Indian journal of veterinary science and animal husbandry - Volume 4,
Year: 1934
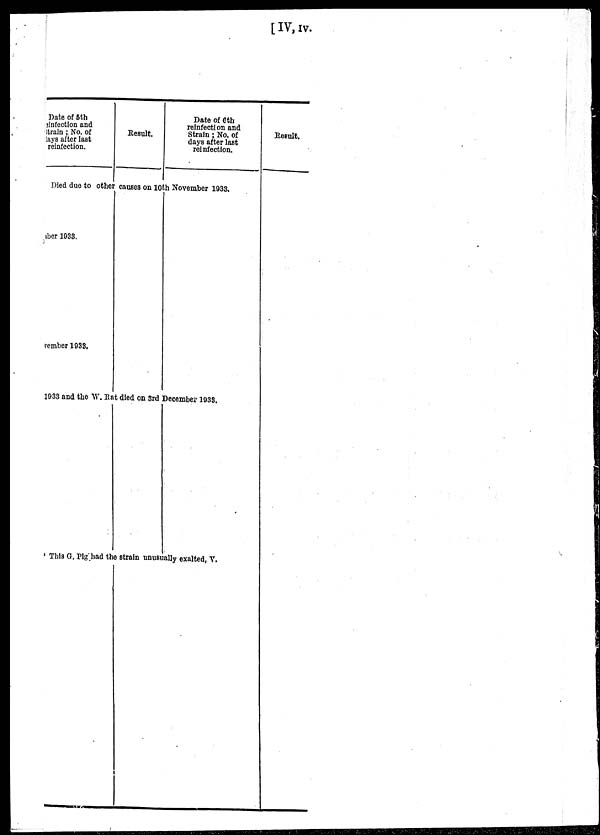
[IV, IV.
Date of 5th
infection and
train; No. of
ays after last
reinfection.
Result.
Date of 6th
reinfection and
Strain ; No. of
days after last
reinfection.
Died due to other causes on 10th November 1933.
ber 1933.
rember 1933.
1933 and the W. Rat died on 3rd December 1033.
This G. Pig had the strain unusually exalted, V.
Result.